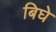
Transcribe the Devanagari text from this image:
बिघे